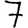
Digit: 7